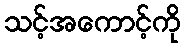
သင့်အကောင့်ကို